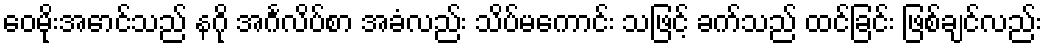
ဝေမိုးအောင်သည် နဂို အင်္ဂလိပ်စာ အခံလည်း သိပ်မကောင်း သဖြင့် ခက်သည် ထင်ခြင်း ဖြစ်ချင်လည်း